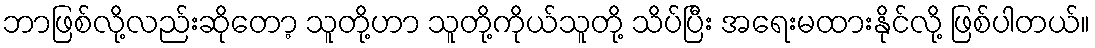
ဘာဖြစ်လို့လည်းဆိုတော့ သူတို့ဟာ သူတို့ကိုယ်သူတို့ သိပ်ပြီး အရေးမထားနိုင်လို့ ဖြစ်ပါတယ်။